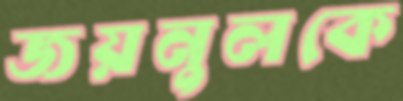
জয়নুলকে